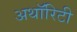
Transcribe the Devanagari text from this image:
अथाॅरिटी